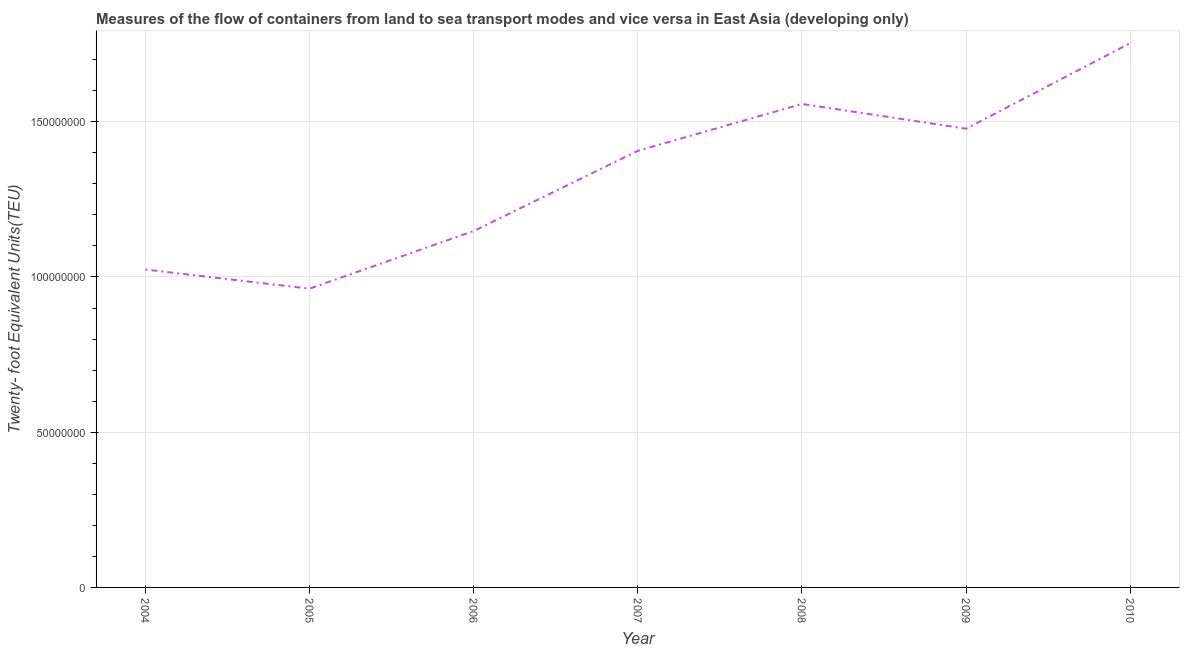
| Year | Container port traffic |
 | --- | --- |
 | 2004 | 1.02e+08 |
 | 2005 | 9.62e+07 |
 | 2006 | 1.15e+08 |
 | 2007 | 1.41e+08 |
 | 2008 | 1.56e+08 |
 | 2009 | 1.48e+08 |
 | 2010 | 1.75e+08 |